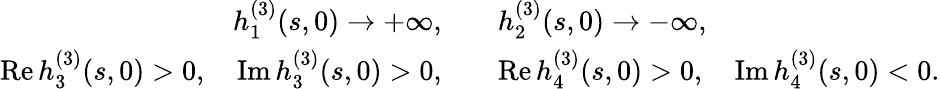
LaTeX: \begin{array}{rl}{h_{1}^{(3)}(s,0)\rightarrow+\infty,}&{\quad h_{2}^{(3)}(s,0)\rightarrow-\infty,}\\ {\operatorname{Re}h_{3}^{(3)}(s,0)>0,\quad\operatorname{Im}h_{3}^{(3)}(s,0)>0,}&{\quad\operatorname{Re}h_{4}^{(3)}(s,0)>0,\quad\operatorname{Im}h_{4}^{(3)}(s,0)<0.}\end{array}